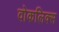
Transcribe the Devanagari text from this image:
वोकलिक्स